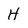
Character: H